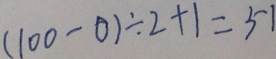
( 1 0 0 - 0 ) \div 2 + 1 = 5 1